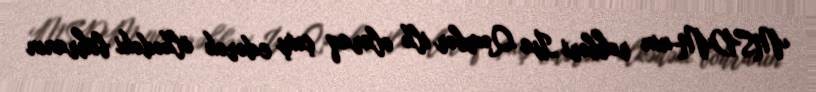
MSDM-nin rəhbəri İsa Qəmbər ilk olaraq çıxış edərək ölkədəki böhranın